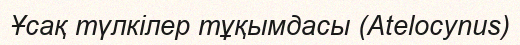
Ұсақ түлкілер тұқымдасы (Atelocynus)